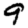
Digit: 9